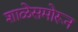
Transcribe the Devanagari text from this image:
शाळेसमोरून